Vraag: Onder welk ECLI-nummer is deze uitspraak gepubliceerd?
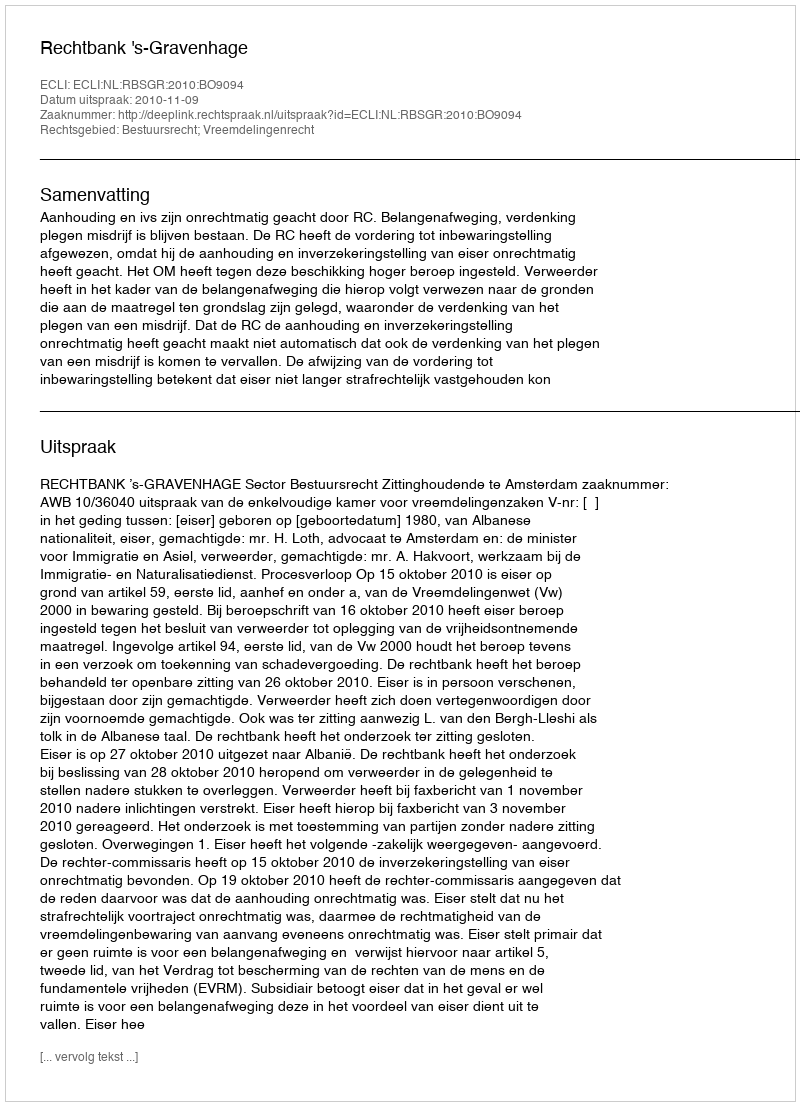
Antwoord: ECLI:NL:RBSGR:2010:BO9094